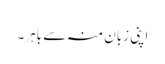
اپنی زبان منہ سے باہر۔